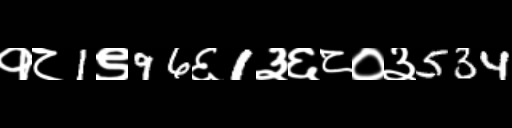
Text: १८1९96६1३६८०३534